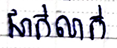
ជាក់លាក់